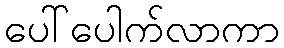
ပေါ်ပေါက်လာကာ